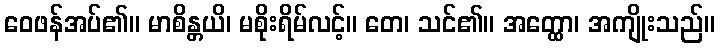
ဝေဖန်အပ်၏။ မာစိန္တယိ၊ မစိုးရိမ်လင့်။ တေ၊ သင်၏။ အတ္ထော၊ အကျိုးသည်။